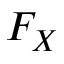
F _ { X }